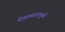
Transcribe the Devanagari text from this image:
देवस्थानामुळे